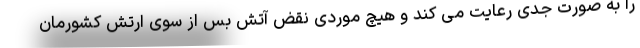
را به صورت جدی رعایت می کند و هیچ موردی نقض آتش بس از سوی ارتش کشورمان